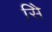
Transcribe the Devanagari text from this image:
सिे